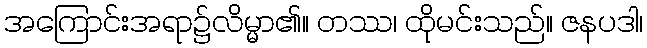
အကြောင်းအရာ၌လိမ္မာ၏။ တဿ၊ ထိုမင်းသည်။ ဇနပဒါ၊